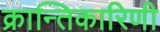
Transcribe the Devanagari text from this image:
क्रान्तिकारिणी